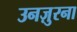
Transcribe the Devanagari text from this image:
उनज़ुरना